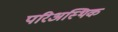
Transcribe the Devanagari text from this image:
परिअस्थिक